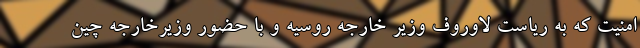
امنیت که به ریاست لاوروف وزیر خارجه روسیه و با حضور وزیرخارجه چین